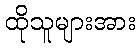
ထိုသူများအား